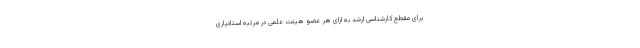
برای مقطع کارشناسی ارشد به ازای هر عضو هیئت علمی در مرتبه استادیاری